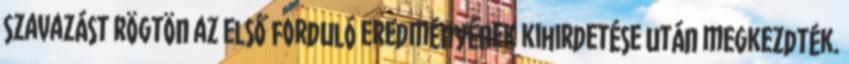
szavazást rögtön az első forduló eredményének kihirdetése után megkezdték.